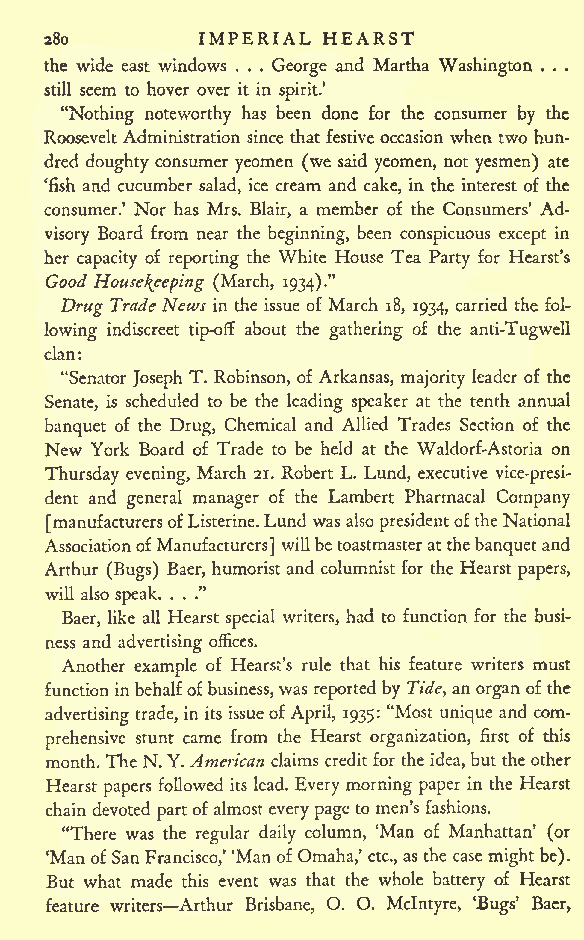
IMPERIAL HEARST
 280
 the wide east windows . . . George and Martha Washington . . .
 still seem to hover over it in spirit.'
 "Nothing noteworthy has been done for the consumer by the
 Roosevelt Administration since that festive occasion when two hun-
 dred doughty consumer yeomen (we said yeomen, not yesmen) ate
 'fish and cucumber salad, ice cream and cake, in the interest of the
 consumer.' Nor has Mrs. Blair, a member of the Consumers' Ad-
 visory Board from near the beginning, been conspicuous except in
 her capacity of reporting the White House Tea Party for Hearst's
 Good
 Housekeeping (March, 1934)."
 Drug TradeNews in the issue of March 18, 1934, carried the fol-
 lowing indiscreet tip-off about the gathering of the anti-Tugwell
 clan:
 "Senator Joseph T. Robinson, of Arkansas, majority leader of the
 Senate, is scheduled to be the leading speaker at the tenth annual
 banquet of the Drug, Chemical and Allied Trades Section of the
 New York Board of Trade to be held at the Waldorf-Astoria on
 Thursday evening, March 21. Robert L. Lund, executive vice-presi-
 dent and general manager of the Lambert Pharmacal Company
 [manufacturersofListerine.Lund was also presidentoftheNational
 AssociationofManufacturers] willbetoastmasteratthebanquet and
 Arthur (Bugs) Baer, humorist and columnist for the Hearst papers,
 will also speak. . . ."
 Baer, like all Hearst special writers, had to function for the busi-
 ness and advertising offices.
 Another example of Hearst's rule that his feature writers must
 functioninbehalfofbusiness, was reported by Tide, anorgan of the
 advertising trade, in its issueofApril, 1935: "Most unique and com-
 prehensive stunt came from the Hearst organization, first of this
 month. TheN.Y.American claims credit for the idea,buttheother
 Hearst papers followed its lead. Every morning paper in the Hearst
 chain devoted partofalmostevery pageto men's fashions.
 "There was the regular daily column, 'Man of Manhattan' (or
 'Man ofSanFrancisco,' 'ManofOmaha,' etc., as the case mightbe).
 But what made this event was that the whole battery of Hearst
 feature writers Arthur Brisbane, O. O. Mclntyre, 'Bugs' Baer,